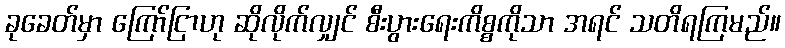
ခုခေတ်မှာ ကြော်ငြာဟု ဆိုလိုက်လျှင် စီးပွားရေးကိစ္စကိုသာ အရင် သတိရကြမည်။